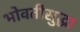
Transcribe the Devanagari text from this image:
भोवतीसुद्धा